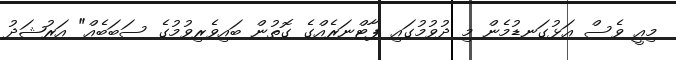
މިއީ ވެސް އަޅުގަނޑުމެން މި ދުވުމުގައި ޕާޓްނަރެއްގެ ގޮތުން ބައިވެރިވުމުގެ ސަބަބެއް" އަރުޝަދު